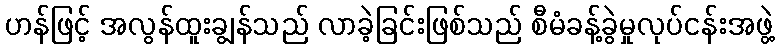
ဟန်ဖြင့် အလွန်ထူးချွန်သည် လာခဲ့ခြင်းဖြစ်သည် စီမံခန့်ခွဲမှုလုပ်ငန်းအဖွဲ့